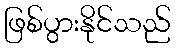
ဖြစ်ပွားနိုင်သည်